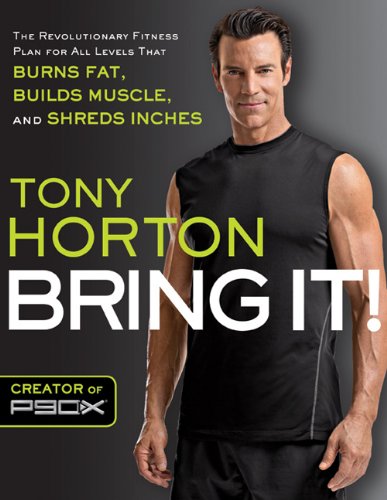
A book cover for Bring It!: The Revolutionary Fitness Plan for All Levels That Burns Fat, Builds Muscle, and Shreds Inches; Tony Horton; Health, Fitness & Dieting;